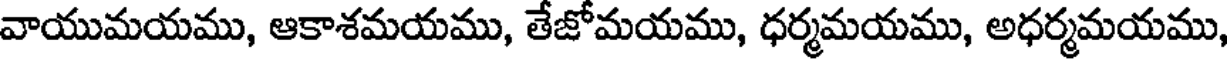
వాయుమయము, ఆకాశమయము, తేజోమయము, ధర్మమయము, అధర్మమయము,